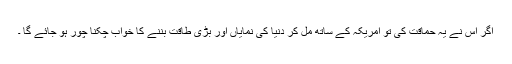
اگر اس نے یہ حماقت کی تو امریکہ کے ساتھ مل کر دنیا کی نمایاں اور بڑی طاقت بننے کا خواب چکنا چور ہو جائے گا ۔